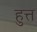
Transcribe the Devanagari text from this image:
हुत्त